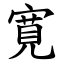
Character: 寛